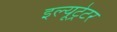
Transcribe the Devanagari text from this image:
इल्यूट्रेटर